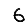
Digit: 6